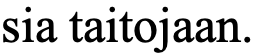
sia taitojaan.